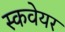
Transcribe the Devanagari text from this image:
स्कवेयर